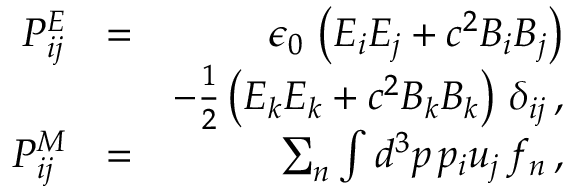
\begin{array} { r l r } { { \cal P } _ { i j } ^ { E } } & { = } & { \epsilon _ { 0 } \, \left( E _ { i } E _ { j } + c ^ { 2 } B _ { i } B _ { j } \right) } \\ & { } & { - \frac { 1 } { 2 } \left( E _ { k } E _ { k } + c ^ { 2 } B _ { k } B _ { k } \right) \, \delta _ { i j } \, , } \\ { { \cal P } _ { i j } ^ { M } } & { = } & { \sum _ { n } \int d ^ { 3 } p \, p _ { i } u _ { j } \, f _ { n } \, , } \end{array}